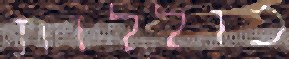
כוללות